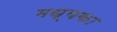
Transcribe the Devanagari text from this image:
मध्यका